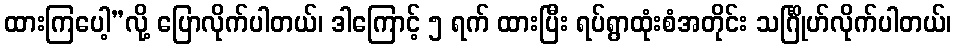
ထားကြပေါ့”လို့ ပြောလိုက်ပါတယ်၊ ဒါကြောင့် ၅ ရက် ထားပြီး ရပ်ရွာထုံးစံအတိုင်း သင်္ဂြိုဟ်လိုက်ပါတယ်၊